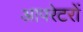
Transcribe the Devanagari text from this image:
आपरेटरों